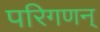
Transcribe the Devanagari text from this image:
परिगणन्